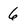
Character: 6